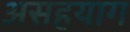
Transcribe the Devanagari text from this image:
असहयाग